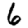
Digit: 6